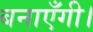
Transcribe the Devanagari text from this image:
बनाएँगी।